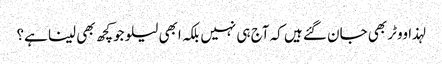
لہذا ووٹر بھی جان گئے ہیں کہ آج ہی نہیں بلکہ ابھی لیلو جوکچھ بھی لینا ہے؟